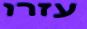
עזרו